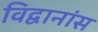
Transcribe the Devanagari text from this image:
विद्वानांस